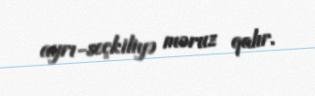
ayrı-seçkiliyə məruz qalır.